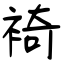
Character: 裿